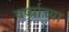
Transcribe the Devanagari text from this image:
वर्ष्याच्या